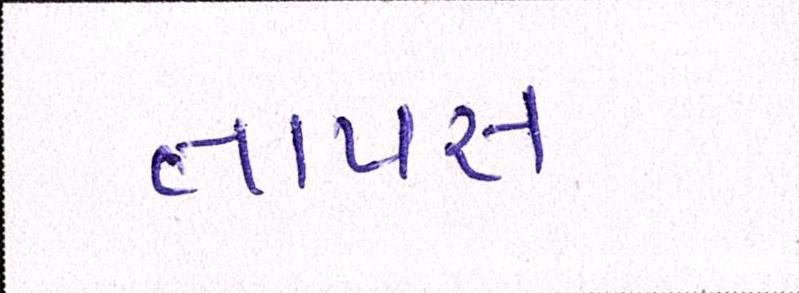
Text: તાપસ